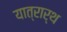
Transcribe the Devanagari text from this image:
यात्रार्थ